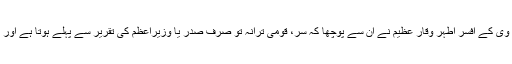
رات کو تقریر کا وقت ہوا تو وہاں موجود پی ٹی وی کے افسر اطہر وقار عظیم نے ان سے پوچھا کہ سر، قومی ترانہ تو صرف صدر یا وزیراعظم کی تقریر سے پہلے ہوتا ہے اور آپ تو چیف مارشل لا ایڈمنسٹریٹر بھی نہیں ہیں۔